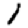
Digit: 1